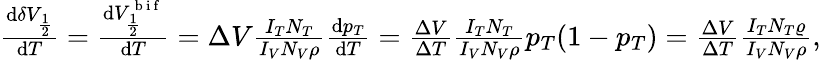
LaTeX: \begin{array}{r}{\frac{\mathrm{d}\delta V_{\frac{1}{2}}}{\mathrm{d}T}=\frac{\mathrm{d}V_{\frac{1}{2}}^{\mathrm{~b~i~f~}}}{\mathrm{d}T}=\Delta V\frac{I_{T}N_{T}}{I_{V}N_{V}\rho}\frac{\mathrm{d}p_{T}}{\mathrm{d}T}=\frac{\Delta V}{\Delta T}\frac{I_{T}N_{T}}{I_{V}N_{V}\rho}p_{T}(1-p_{T})=\frac{\Delta V}{\Delta T}\frac{I_{T}N_{T}\varrho}{I_{V}N_{V}\rho},}\end{array}